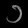
Digit: ၁